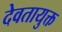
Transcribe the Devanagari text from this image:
देवतायुक्त